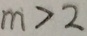
m > 2